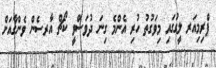
ޕްރިމިއަރ ލީގުގައި މިވަގުތު ހުރި އެންމެ ގިނަ ދުވަސްވީ ކޯޗް އާރސެން ވެންގާއަށް